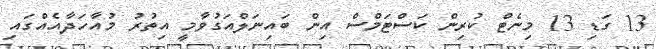
13 ގަޑި 13 މިނެޓް ކުރިން ކަސްޓަމްސް އިން ބައިނަލްއަގުވާމީ އިތުރު މުއާހަދާއެއްގައި